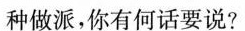
种做派，你有何话要说?